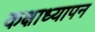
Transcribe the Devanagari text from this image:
कक्षाध्यापन